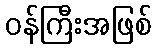
ဝန်ကြီးအဖြစ်